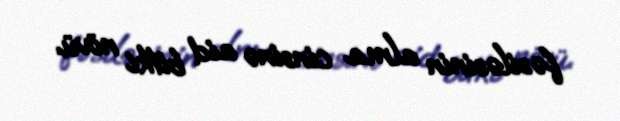
fəsiləsinin alma cinsinə aid bitki növü.